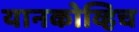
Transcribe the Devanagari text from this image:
यानकोव्हिच